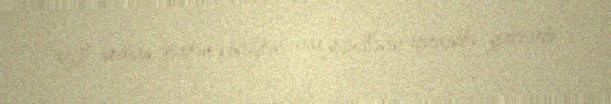
xeyli aralıda, gözdən-könüldən uzaq məhəllənin içərisində yerləşirdi.